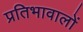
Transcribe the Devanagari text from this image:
प्रतिभावालों